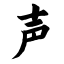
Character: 声